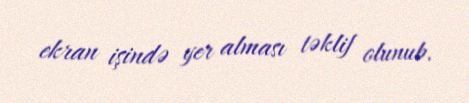
ekran işində yer alması təklif olunub.